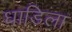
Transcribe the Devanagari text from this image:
धाडिला